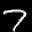
Label: 7